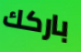
باركك